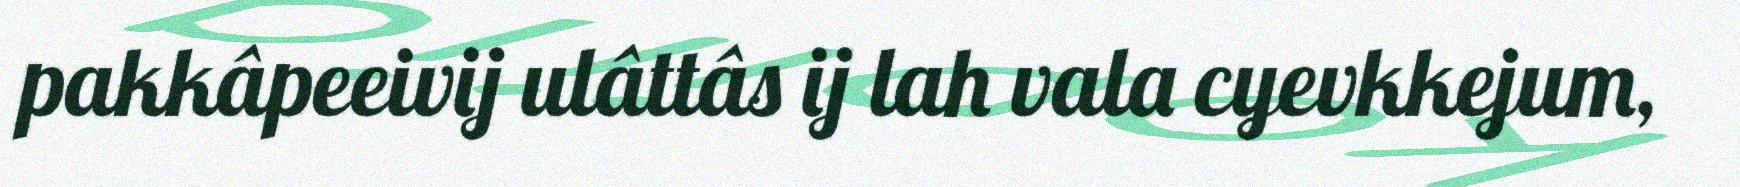
pakkâpeeivij ulâttâs ij lah vala cyevkkejum,